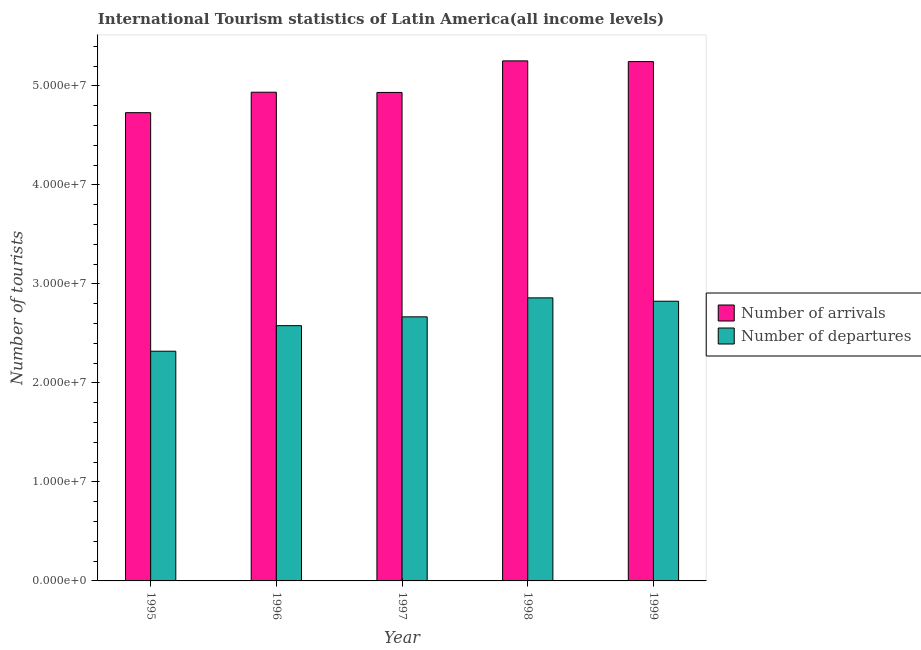
| Year | Number of arrivals | Number of departures |
 | --- | --- | --- |
 | 1995 | 4.73e+07 | 2.32e+07 |
 | 1996 | 4.94e+07 | 2.58e+07 |
 | 1997 | 4.93e+07 | 2.67e+07 |
 | 1998 | 5.25e+07 | 2.86e+07 |
 | 1999 | 5.25e+07 | 2.83e+07 |